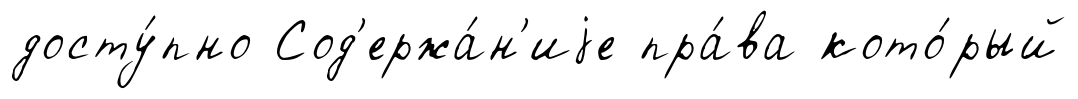
досту́пно Сод'ержа́н'иjе пра́ва кото́рый